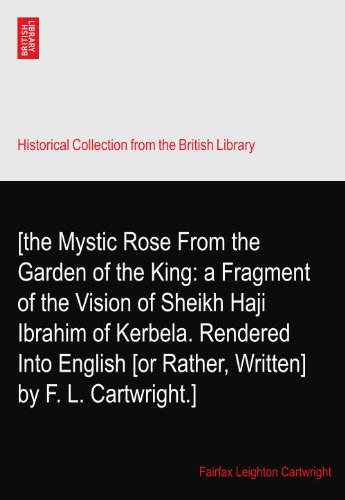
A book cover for [the Mystic Rose From the Garden of the King: a Fragment of the Vision of Sheikh Haji Ibrahim of Kerbela. Rendered Into English [or Rather, Written] by F. L. Cartwright.]; Fairfax Leighton Cartwright; Crafts, Hobbies & Home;